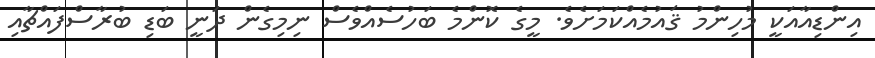
އިންޑިއާއަކީ މުހިންމު ޤައުމެއްކަމަށެވެ. މީގެ ކޮންމެ ބަހުސެއްވެސް ނިމިގެން ދަނީ ބަޑި ބުރާސްފައްޗާއި